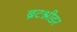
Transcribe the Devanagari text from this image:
ब्रेटश्नीडर